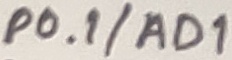
Text: P0.1/AD1